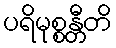
ပရိမုစ္စန္တီတိ